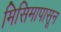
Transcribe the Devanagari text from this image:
मिसिमापासून